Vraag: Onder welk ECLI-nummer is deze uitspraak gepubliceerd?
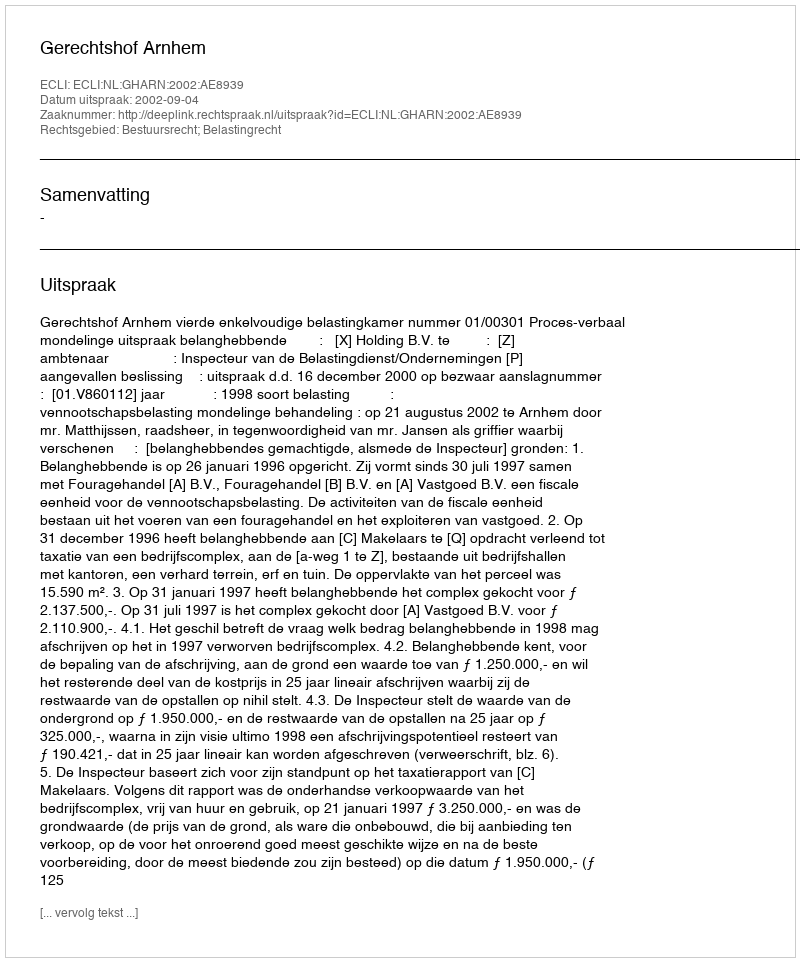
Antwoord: ECLI:NL:GHARN:2002:AE8939